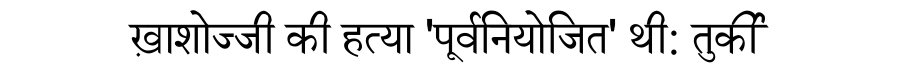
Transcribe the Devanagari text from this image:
ख़ाशोज्जी की हत्या 'पूर्वनियोजित' थी: तुर्की